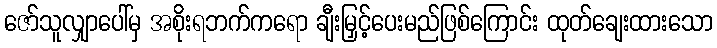
ဇော်သူလျှာပေါ်မှ အစိုးရဘက်ကရော ချီးမြှင့်ပေးမည်ဖြစ်ကြောင်း ထုတ်ချေးထားသော